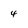
Character: 4